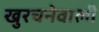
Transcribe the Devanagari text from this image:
खुरचनेवाली